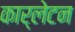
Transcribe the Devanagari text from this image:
कार्लेटन